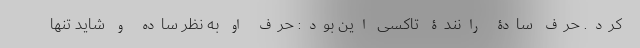
کرد. حرف سادۀ رانندۀ تاکسی این بود: حرف او به نظر ساده و شاید تنها